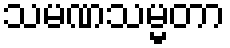
သမဏသမ္မတာ